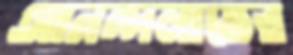
আনন্দলাভের